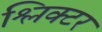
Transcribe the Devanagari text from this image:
श्लिक्टर